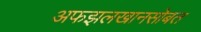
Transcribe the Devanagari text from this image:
अफझलखानसोबत